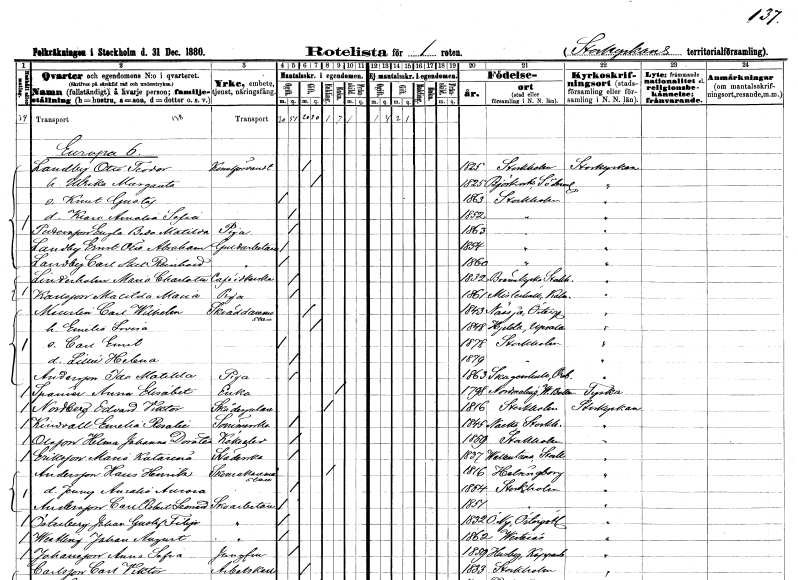
gt_parse: households: individuals: FN: Otto Teodor
EN: Landby
YRKE: Konstförvandt
KON: M
CIV: G
FODAR: 1825
FODFORS: Stockholm
FN: Ulrika Margareta
KON: K
CIV: G
FODAR: 1825
FODFORS: Björkvik Södermanlands län
FN: Knut Gustaf
KON: M
CIV: O
FODAR: 1863
FODFORS: Stockholm
FN: Klara Amalia Sofia
KON: K
CIV: O
FODAR: 1852
FODFORS: Stockholm
FN: Engla Beda Matilda
EN: Pettersson
YRKE: Piga
KON: K
CIV: O
FODAR: 1863
FODFORS: Stockholm
FN: Ernst Otto Abraham
EN: Landby
YRKE: Guldarbetare
KON: M
CIV: O
FODAR: 1854
FODFORS: Stockholm
FN: Carl Axel Reinhard
EN: Landby
YRKE: Guldarbetare
KON: M
CIV: O
FODAR: 1860
FODFORS: Stockholm
FN: Maria Charlotta
EN: Linderholm
YRKE: Kaféidkerska
KON: K
CIV: O
FODAR: 1832
FODFORS: Brännkyrka Stockholms län
FN: Matilda Maria
EN: Karlsson
YRKE: Piga
KON: K
CIV: O
FODAR: 1861
FODFORS: Misterhult Kalmar län
FN: Carl Wilhelm
EN: Maurlin
YRKE: Skräddarmästare
KON: M
CIV: G
FODAR: 1843
FODFORS: Nässja Östergötlands län
FN: Emilia Lovisa
KON: K
CIV: G
FODAR: 1848
FODFORS: Hjälsta Uppsala län
FN: Carl Emil
KON: M
CIV: O
FODAR: 1878
FODFORS: Stockholm
FN: Lillie Helena
KON: K
CIV: O
FODAR: 1879
FODFORS: Stockholm
FN: Ida Matilda
EN: Andersson
YRKE: Piga
KON: K
CIV: O
FODAR: 1863
FODFORS: Skagershult Örebro län
FN: Anna Elisabet
EN: Spanier
YRKE: Änka
KON: K
CIV: E
FODAR: 1798
FODFORS: Nordmaling Västerbottens län
FN: Edvard Viktor
EN: Nordberg
YRKE: Skådespelare
KON: M
CIV: E
FODAR: 1816
FODFORS: Stockholm
FN: Emelia Rosalie
EN: Kindvall
YRKE: Sömmerska
KON: K
CIV: O
FODAR: 1845
FODFORS: Nacka Stockholms län
FN: Hilma Johanna Dorotea
EN: Olsson
YRKE: Kökselev
KON: K
CIV: O
FODAR: 1869
FODFORS: Stockholm
FN: Maria Katarina
EN: Eriksson
YRKE: Städerska
KON: K
CIV: O
FODAR: 1837
FODFORS: Vallentuna Stockholms län
FN: Hans Henrik
EN: Andersson
YRKE: Skomakarmäster
KON: M
CIV: E
FODAR: 1816
FODFORS: Hälsingborg Malmöhus län
FN: Jenny Amalia Aurora
KON: K
CIV: O
FODAR: 1854
FODFORS: Stockholm
FN: Carl Robert Leonard
EN: Andersson
YRKE: Skoarbetare
KON: M
CIV: O
FODAR: 1851
FODFORS: Stockholm